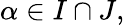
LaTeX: \alpha\in I\cap J,